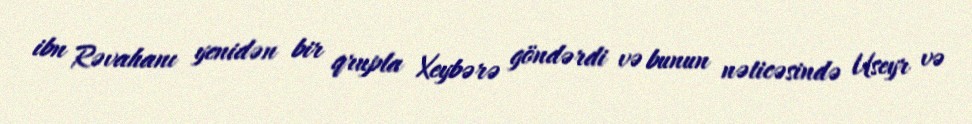
ibn Rəvahanı yenidən bir qrupla Xeybərə göndərdi və bunun nəticəsində Useyr və